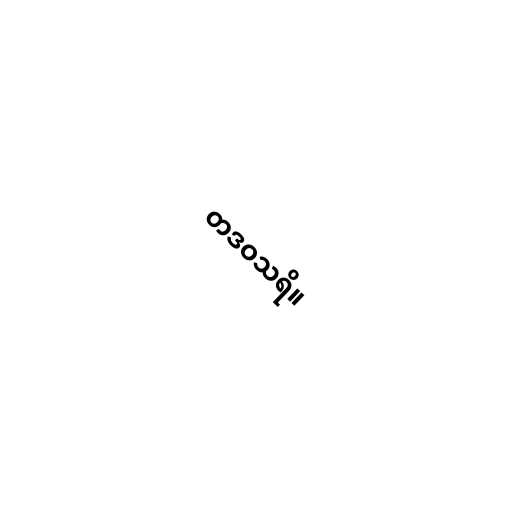
တဒဝသရိ။